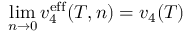
\operatorname* { l i m } _ { n \to 0 } v _ { 4 } ^ { \mathrm { e f f } } ( T , n ) = v _ { 4 } ( T )